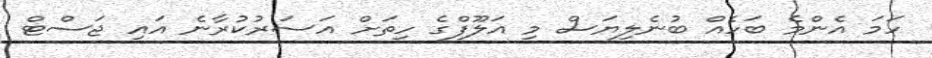
ހަމަ އެންމެ ބަހެއް ބުނެލިޔަސް މި އަލޫފްގެ ހިތަށް އަސަރުކުރާނެ އައި ޖަސްޓް